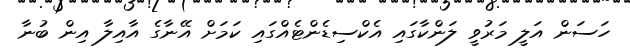
ހަސަން އަލީ މަރުވީ ލަންކާގައި އެކްސިޑެންޓެއްގައި ކަމަށް އޭނާގެ އާއިލާ އިން ބުނާ